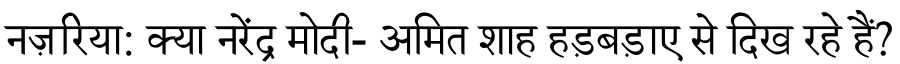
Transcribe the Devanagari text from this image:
नज़रिया: क्या नरेंद्र मोदी- अमित शाह हड़बड़ाए से दिख रहे हैं?